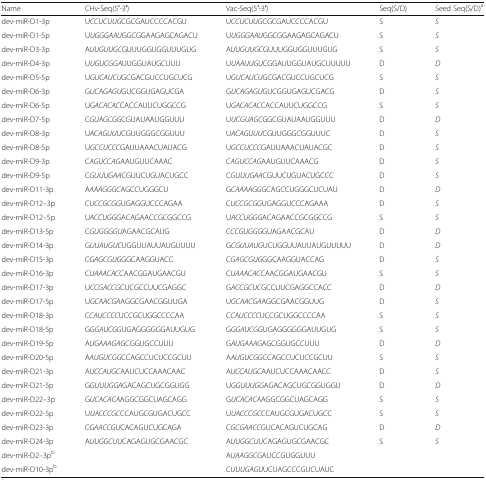
<table><thead><tr><td><b>Name</b></td><td><b>CHv-Seq(5′-3′)</b></td><td><b>Vac-Seq(5′-3′)</b></td><td><b>Seq(S/D)</b></td><td><b>Seed Seq(S/D)<sup>a</sup></b></td></tr></thead><tbody><tr><td>dev-miR-D1-3p</td><td>U<i>CCUCUUG</i>CGCGAUCCCCACGU</td><td>U<i>CCUCUUG</i>CGCGAUCCCCACGU</td><td>S</td><td><i>S</i></td></tr><tr><td>dev-miR-D1-5p</td><td>U<i>UGGGAAU</i>GGCGGAAGAGCAGACU</td><td>U<i>UGGGAAU</i>GGCGGAAGAGCAGACU</td><td>S</td><td><i>S</i></td></tr><tr><td>dev-miR-D3-3p</td><td>A<i>UUGUUGC</i>GUUUGGUGGUUUGUG</td><td>A<i>UUGUUGC</i>GUUUGGUGGUUUGUG</td><td>S</td><td><i>S</i></td></tr><tr><td>dev-miR-D4-3p</td><td>U<i>UGUCGGA</i>UUGGUAUGCUUU</td><td>U<i>UAAUUGU</i>CGGAUUGGUAUGCUUUUU</td><td>D</td><td><i>D</i></td></tr><tr><td>dev-miR-D5-5p</td><td>U<i>GUCAUCU</i>GCGACGUCCUGCUCG</td><td>U<i>GUCAUCU</i>GCGACGUCCUGCUCG</td><td>S</td><td><i>S</i></td></tr><tr><td>dev-miR-D6-3p</td><td>G<i>UCAGAGU</i>GUCGGUGAGUCGA</td><td>G<i>UCAGAGU</i>GUCGGUGAGUCGACG</td><td>D</td><td><i>S</i></td></tr><tr><td>dev-miR-D6-5p</td><td>U<i>GACACAC</i>CACCAUUCUGGCCG</td><td>U<i>GACACAC</i>CACCAUUCUGGCCG</td><td>S</td><td><i>S</i></td></tr><tr><td>dev-miR-D7-5p</td><td>C<i>GUAGCGG</i>CGUAUAAUGGUUU</td><td>U<i>UCGUAGC</i>GGCGUAUAAUGGUUU</td><td>D</td><td><i>D</i></td></tr><tr><td>dev-miR-D8-3p</td><td>U<i>ACAGUUU</i>CGUUGGGCGGUUU</td><td>U<i>ACAGUUU</i>CGUUGGGCGGUUUC</td><td>D</td><td><i>S</i></td></tr><tr><td>dev-miR-D8-5p</td><td>U<i>GCCUCCC</i>GAUUAAACUAUACG</td><td>U<i>GCCUCCC</i>GAUUAAACUAUACGC</td><td>D</td><td><i>S</i></td></tr><tr><td>dev-miR-D9-3p</td><td>C<i>AGUCCAG</i>AAUGUUCAAAC</td><td>C<i>AGUCCAG</i>AAUGUUCAAACG</td><td>D</td><td><i>S</i></td></tr><tr><td>dev-miR-D9-5p</td><td>C<i>GUUUGAA</i>CGUUCUGUACUGCC</td><td>C<i>GUUUGAA</i>CGUUCUGUACUGCCC</td><td>D</td><td><i>S</i></td></tr><tr><td>dev-miR-D11-3p</td><td>A<i>AAAGGGC</i>AGCCUGGGCU</td><td>G<i>CAAAAGG</i>GCAGCCUGGGCUCUAU</td><td>D</td><td><i>D</i></td></tr><tr><td>dev-miR-D12–3p</td><td>C<i>UCCGCGG</i>UGAGGUCCCAGAA</td><td>C<i>UCCGCGG</i>UGAGGUCCCAGAAA</td><td>D</td><td><i>S</i></td></tr><tr><td>dev-miR-D12–5p</td><td>U<i>ACCUGGG</i>ACAGAACCGCGGCCG</td><td>U<i>ACCUGGG</i>ACAGAACCGCGGCCG</td><td>S</td><td><i>S</i></td></tr><tr><td>dev-miR-D13-5p</td><td>C<i>GUGGGGU</i>AGAACGCAUG</td><td>C<i>CCGUGGG</i>GUAGAACGCAU</td><td>D</td><td><i>D</i></td></tr><tr><td>dev-miR-D14-3p</td><td>G<i>UUAUGUC</i>UGGUUAUUAUGUUUU</td><td>G<i>CGUUAUG</i>UCUGGUUAUUAUGUUUUU</td><td>D</td><td><i>D</i></td></tr><tr><td>dev-miR-D15-3p</td><td>C<i>GAGCGUG</i>GGCAAGGUACC</td><td>C<i>GAGCGUG</i>GGCAAGGUACCAG</td><td>D</td><td><i>S</i></td></tr><tr><td>dev-miR-D16-3p</td><td>C<i>UAAACAC</i>CAACGGAUGAACGU</td><td>C<i>UAAACAC</i>CAACGGAUGAACGU</td><td>S</td><td><i>S</i></td></tr><tr><td>dev-miR-D17-3p</td><td>U<i>CCGACCG</i>CUCGCCUUCGAGGC</td><td>G<i>ACCGCUC</i>GCCUUCGAGGCCACC</td><td>D</td><td><i>D</i></td></tr><tr><td>dev-miR-D17-5p</td><td>U<i>GCAACGA</i>AGGCGAACGGUUGA</td><td>U<i>GCAACGA</i>AGGCGAACGGUUG</td><td>D</td><td><i>S</i></td></tr><tr><td>dev-miR-D18-3p</td><td>C<i>CAUCCCC</i>UCCGCUGGCCCCAA</td><td>C<i>CAUCCCC</i>UCCGCUGGCCCCAA</td><td>S</td><td><i>S</i></td></tr><tr><td>dev-miR-D18-5p</td><td>G<i>GGAUCGG</i>UGAGGGGGGAUUGUG</td><td>G<i>GGAUCGG</i>UGAGGGGGGAUUGUG</td><td>S</td><td><i>S</i></td></tr><tr><td>dev-miR-D19-5p</td><td>A<i>UGAAAGA</i>GCGGUGCCUUU</td><td>G<i>AUGAAAG</i>AGCGGUGCCUUU</td><td>D</td><td><i>D</i></td></tr><tr><td>dev-miR-D20-5p</td><td>A<i>AUGUCGG</i>CCAGCCUCUCCGCUU</td><td>A<i>AUGUCGG</i>CCAGCCUCUCCGCUU</td><td>S</td><td><i>S</i></td></tr><tr><td>dev-miR-D21-3p</td><td>A<i>UCCAUGC</i>AAUCUCCAAACAAC</td><td>A<i>UCCAUGC</i>AAUCUCCAAACAACC</td><td>D</td><td><i>S</i></td></tr><tr><td>dev-miR-D21-5p</td><td>G<i>GUUUGGA</i>GACAGCUGCGGUGG</td><td>U<i>GGUUUGG</i>AGACAGCUGCGGUGGU</td><td>D</td><td><i>D</i></td></tr><tr><td>dev-miR-D22–3p</td><td>G<i>UCACACA</i>AGGCGGCUAGCAGG</td><td>G<i>UCACACA</i>AGGCGGCUAGCAGG</td><td>S</td><td><i>S</i></td></tr><tr><td>dev-miR-D22-5p</td><td>U<i>UACCCGC</i>CCAUGCGUGACUGCC</td><td>U<i>UACCCGC</i>CCAUGCGUGACUGCC</td><td>S</td><td><i>S</i></td></tr><tr><td>dev-miR-D23-3p</td><td>C<i>GAACCGU</i>CACAGUCUGCAGA</td><td>C<i>GCGAACC</i>GUCACAGUCUGCAG</td><td>D</td><td><i>D</i></td></tr><tr><td>dev-miR-D24-3p</td><td>A<i>UUGGCUU</i>CAGAGUGCGAACGC</td><td>A<i>UUGGCUU</i>CAGAGUGCGAACGC</td><td>S</td><td><i>S</i></td></tr><tr><td>dev-miR-D2–3p<sup>b</sup></td><td></td><td>A<i>UAAGGCG</i>AUCCGUGGUUU</td><td></td><td></td></tr><tr><td>dev-miR-D10-3p<sup>b</sup></td><td></td><td>C<i>UUUGAGU</i>UCUAGCCCGUCUAUC</td><td></td><td></td></tr></tbody></table>